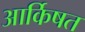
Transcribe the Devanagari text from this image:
आर्किषत